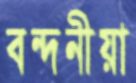
বন্দনীয়া